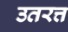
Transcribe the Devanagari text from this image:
उतरत्त